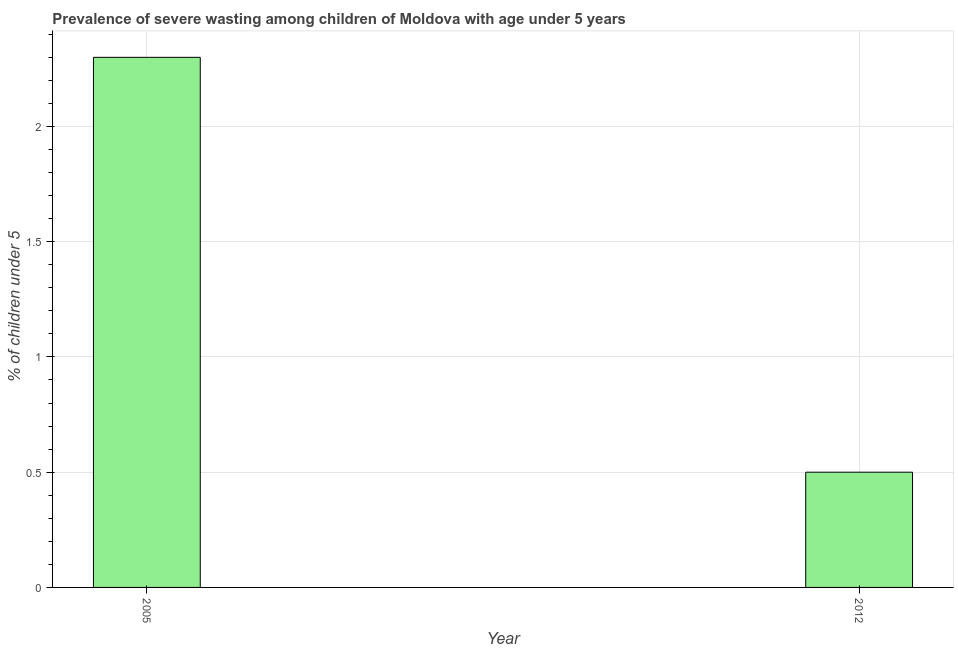
| Year | Prevalence of severe wasting |
 | --- | --- |
 | 2005 | 2.3 |
 | 2012 | 0.5 |